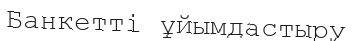
Банкетті ұйымдастыру